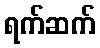
ရက်ဆက်